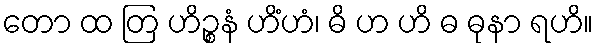
တော ထ တြ ဟိဉ္စနံ ဟိံဟံ၊ ဓိ ဟ ဟိ ဓ ဓုနာ ရဟိ။